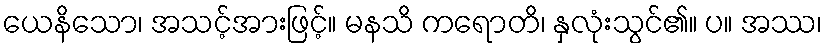
ယေနိသော၊ အသင့်အားဖြင့်။ မနသိ ကရောတိ၊ နှလုံးသွင်၏။ ပ။ အဿ၊